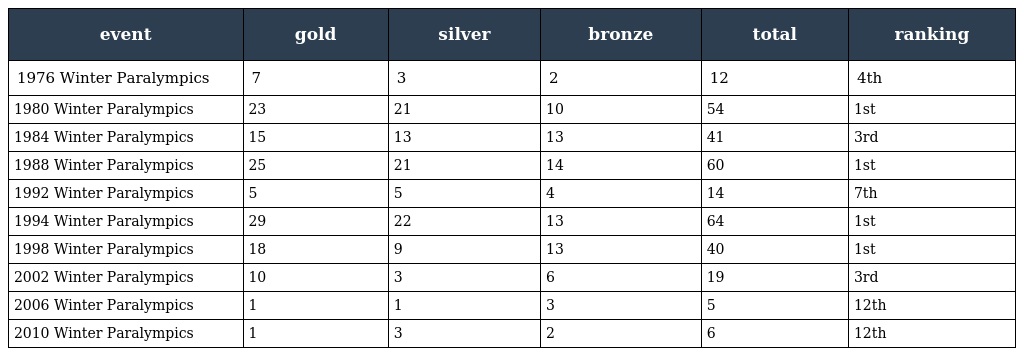
| event | gold | silver | bronze | total | ranking |
 | --- | --- | --- | --- | --- | --- |
 | 1976 Winter Paralympics | 7 | 3 | 2 | 12 | 4th |
 | 1980 Winter Paralympics | 23 | 21 | 10 | 54 | 1st |
 | 1984 Winter Paralympics | 15 | 13 | 13 | 41 | 3rd |
 | 1988 Winter Paralympics | 25 | 21 | 14 | 60 | 1st |
 | 1992 Winter Paralympics | 5 | 5 | 4 | 14 | 7th |
 | 1994 Winter Paralympics | 29 | 22 | 13 | 64 | 1st |
 | 1998 Winter Paralympics | 18 | 9 | 13 | 40 | 1st |
 | 2002 Winter Paralympics | 10 | 3 | 6 | 19 | 3rd |
 | 2006 Winter Paralympics | 1 | 1 | 3 | 5 | 12th |
 | 2010 Winter Paralympics | 1 | 3 | 2 | 6 | 12th |